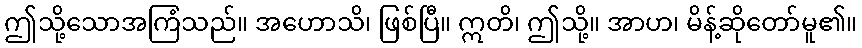
ဤသို့သောအကြံသည်။ အဟောသိ၊ ဖြစ်ပြီ။ ဣတိ၊ ဤသို့။ အာဟ၊ မိန့်ဆိုတော်မူ၏။